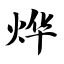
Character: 烨